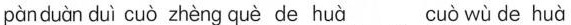
pan duan dui cuo zheng que de hua cuo wu de hua